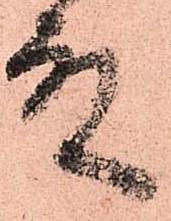
殿